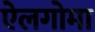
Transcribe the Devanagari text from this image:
ऐलगोमा